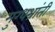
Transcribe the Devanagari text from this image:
मुग्धभ्रांती